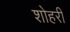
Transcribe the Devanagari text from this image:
शोहरी